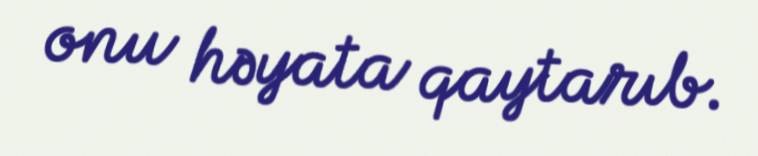
onu həyata qaytarıb.